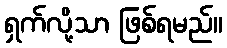
ရှက်လို့သာ ဖြစ်ရမည်။